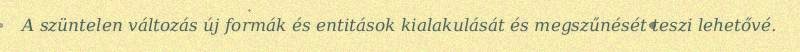
A szüntelen változás új formák és entitások kialakulását és megszűnését teszi lehetővé.